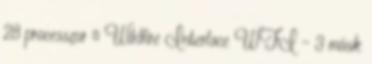
28 processzor ● Wildfire Interface WFI – 3 másik